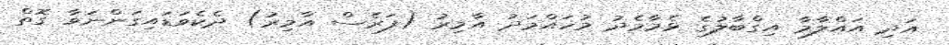
އަދި އައްލާމާ އިގްބާލުގެ ޅެމާމެދު މުހައްމަދު އާމިރު (ފަރެސް އާމިރު) ދެކެވަޑައިގަންނަވާ ގޮތް